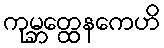
ကုမ္ဘတ္ထေနကေဟိ